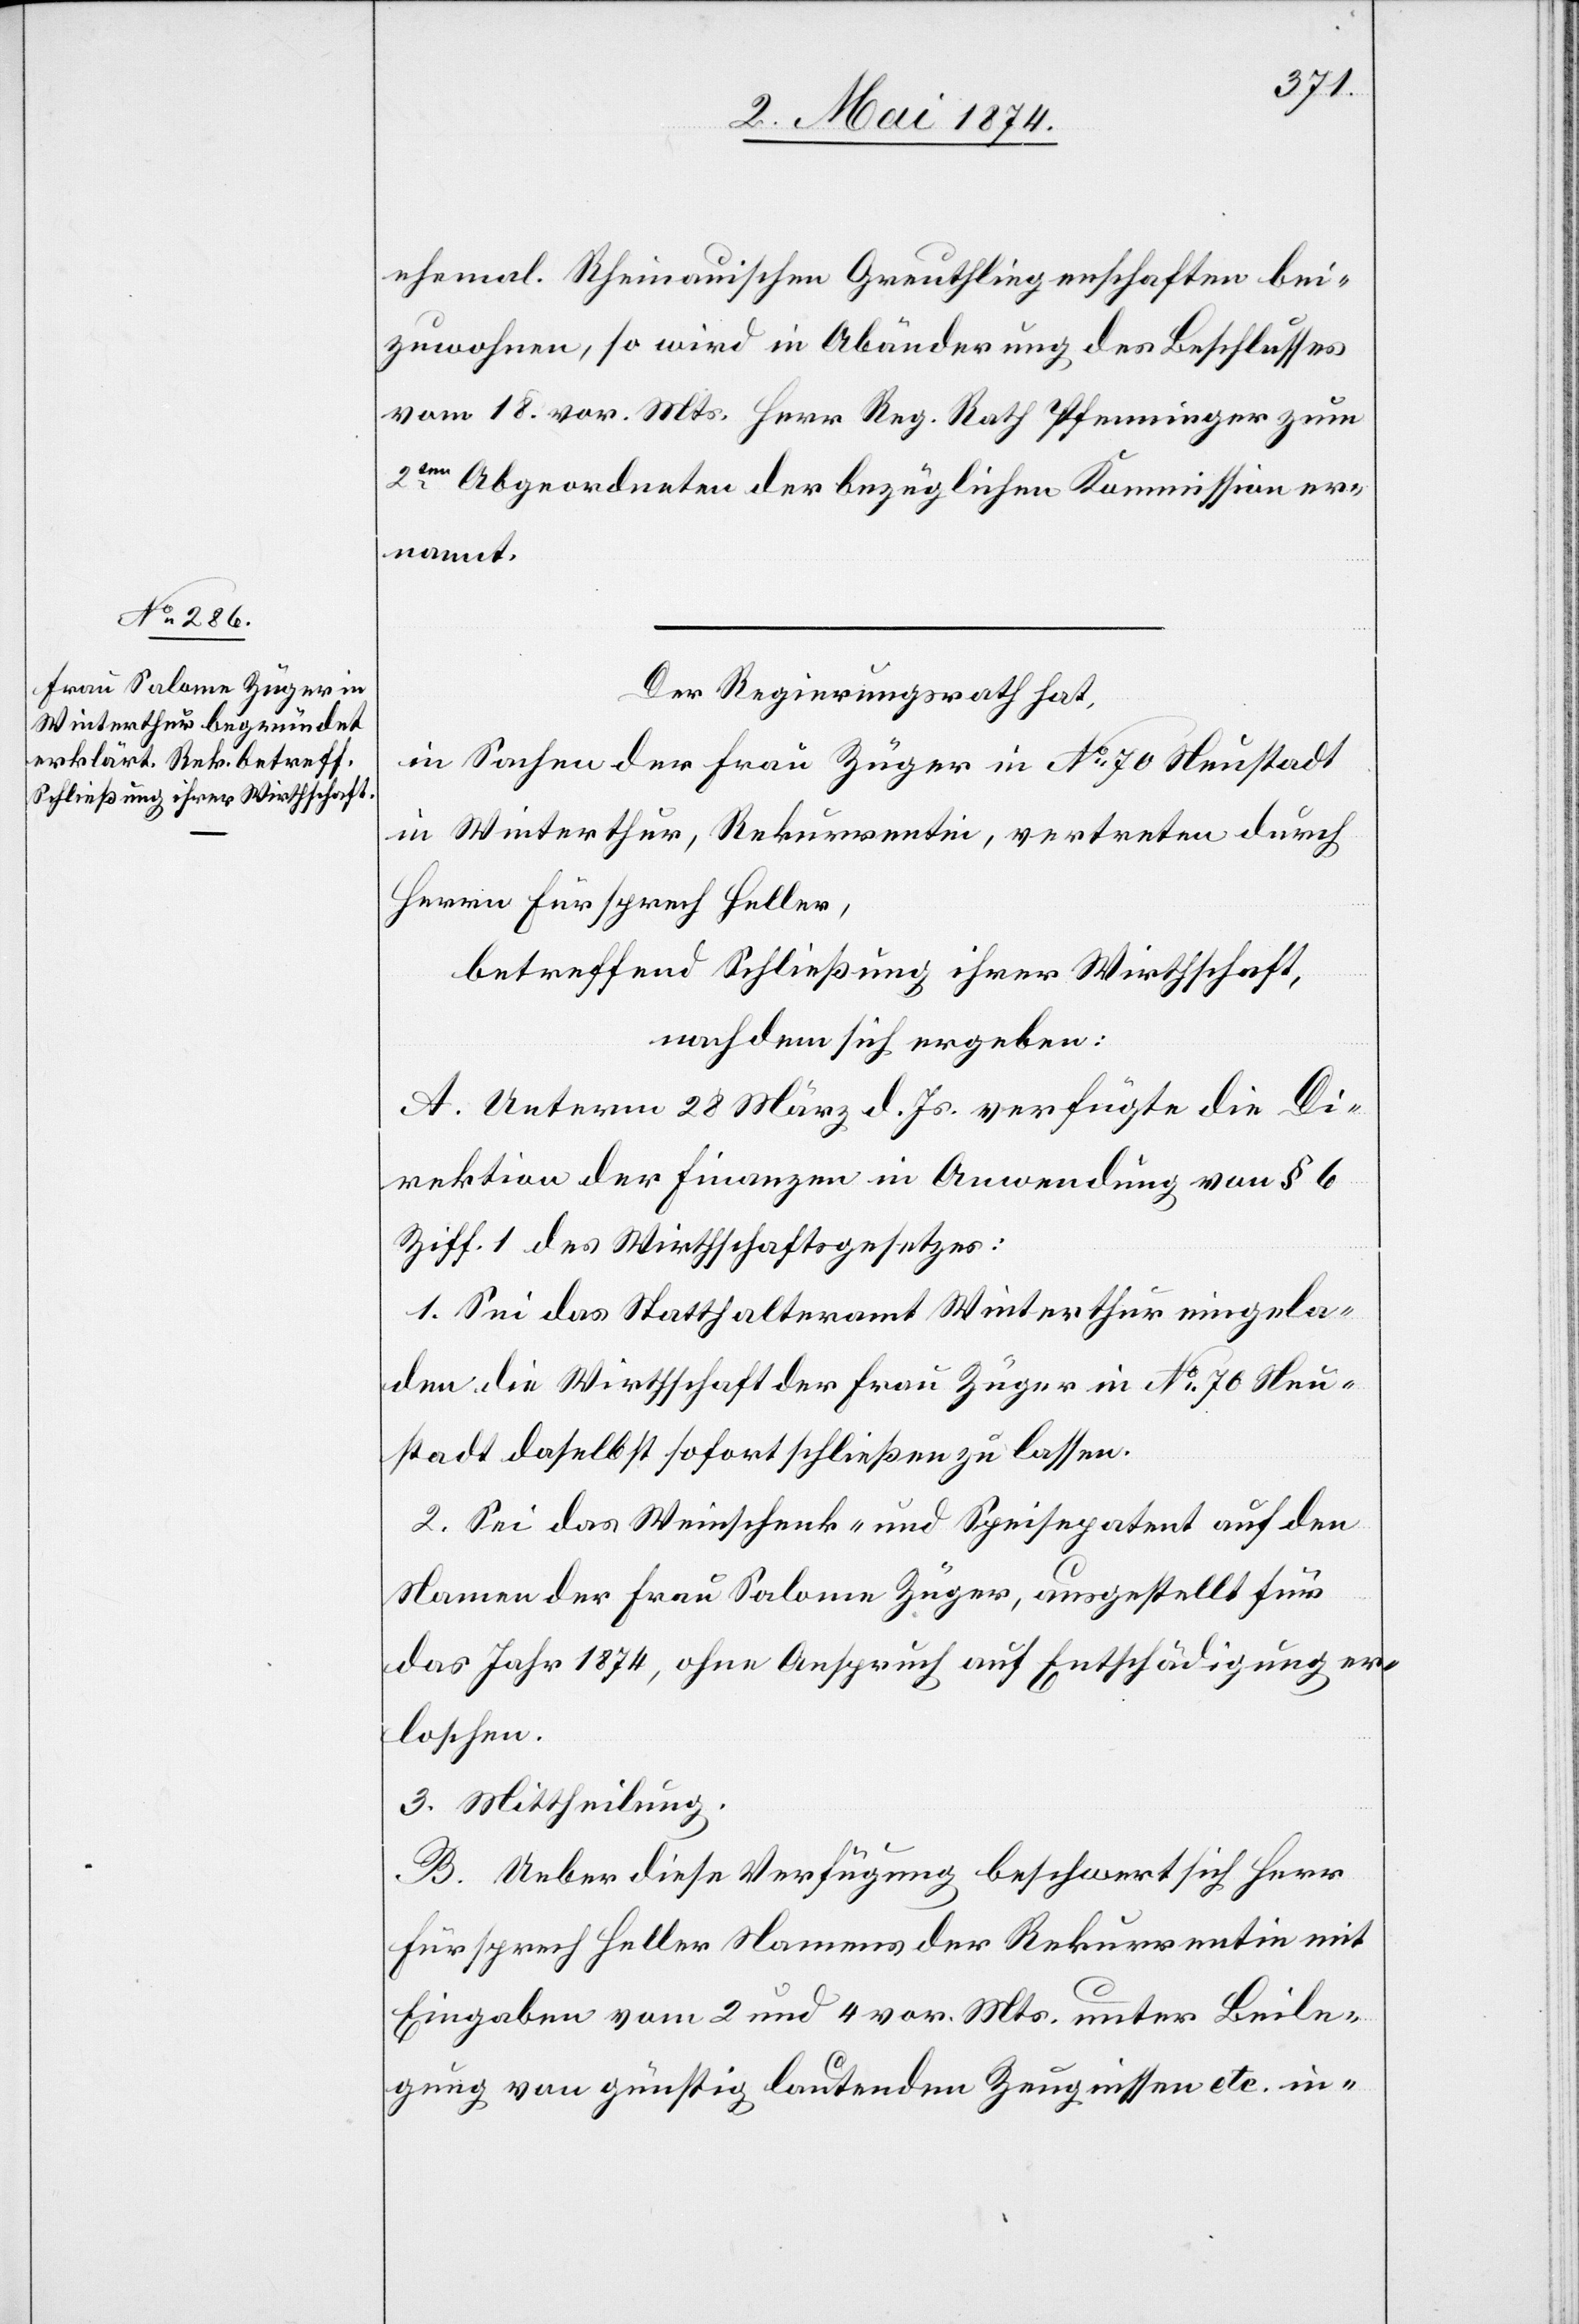
ehemal. Rheinauischen Greuthliegenschaften bei¬
zuwohnen, so wird in Abänderung des Beschlusses
vom 18. vor. Mts. Herr Reg. Rath Pfenninger zum
2te¬
n Abgeordneten der bezüglichen Kommission er¬
nannt.
Der Regierungsrath hat,
in Sachen der Frau Züger in No 70 Neustadt
in Winterthur, Rekurrentin, vertreten durch
Herrn Fürsprech Heller,
betreffend Schließung ihrer Wirthschaft,
nachdem sich ergeben:
A. Unterm 28. März d. Js. verfügte die Di¬
rektion der Finanzen in Anwendung von § 6
Ziff. 1 des Wirthschaftsgesetzes:
1. Sei das Statthalteramt Winterthur eingela¬
den die Wirtschaft der Frau Züger in No 70 Neu¬
stadt daselbst sofort schließen zu lassen.
2. Sei das Weinschenk- und Speisepatent auf den
Namen der Frau Salome Züger, ausgestellt für
das Jahr 1874, ohne Anspruch auf Entschädigung er¬
loschen.
3. Mittheilung.
B. Ueber diese Verfügung beschwert sich Herr
Fürsprech Heller Namens der Rekurrentin mit
Eingaben vom 2. und 4. vor. Mts. unter Beile¬
gung von günstig lautenden Zeugnissen etc. in-